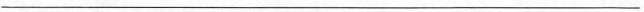
___